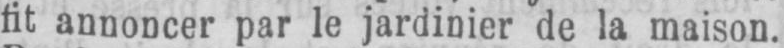
fit annoncer par le jardinier de la maison.